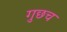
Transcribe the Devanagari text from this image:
गुछच